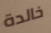
خالدة